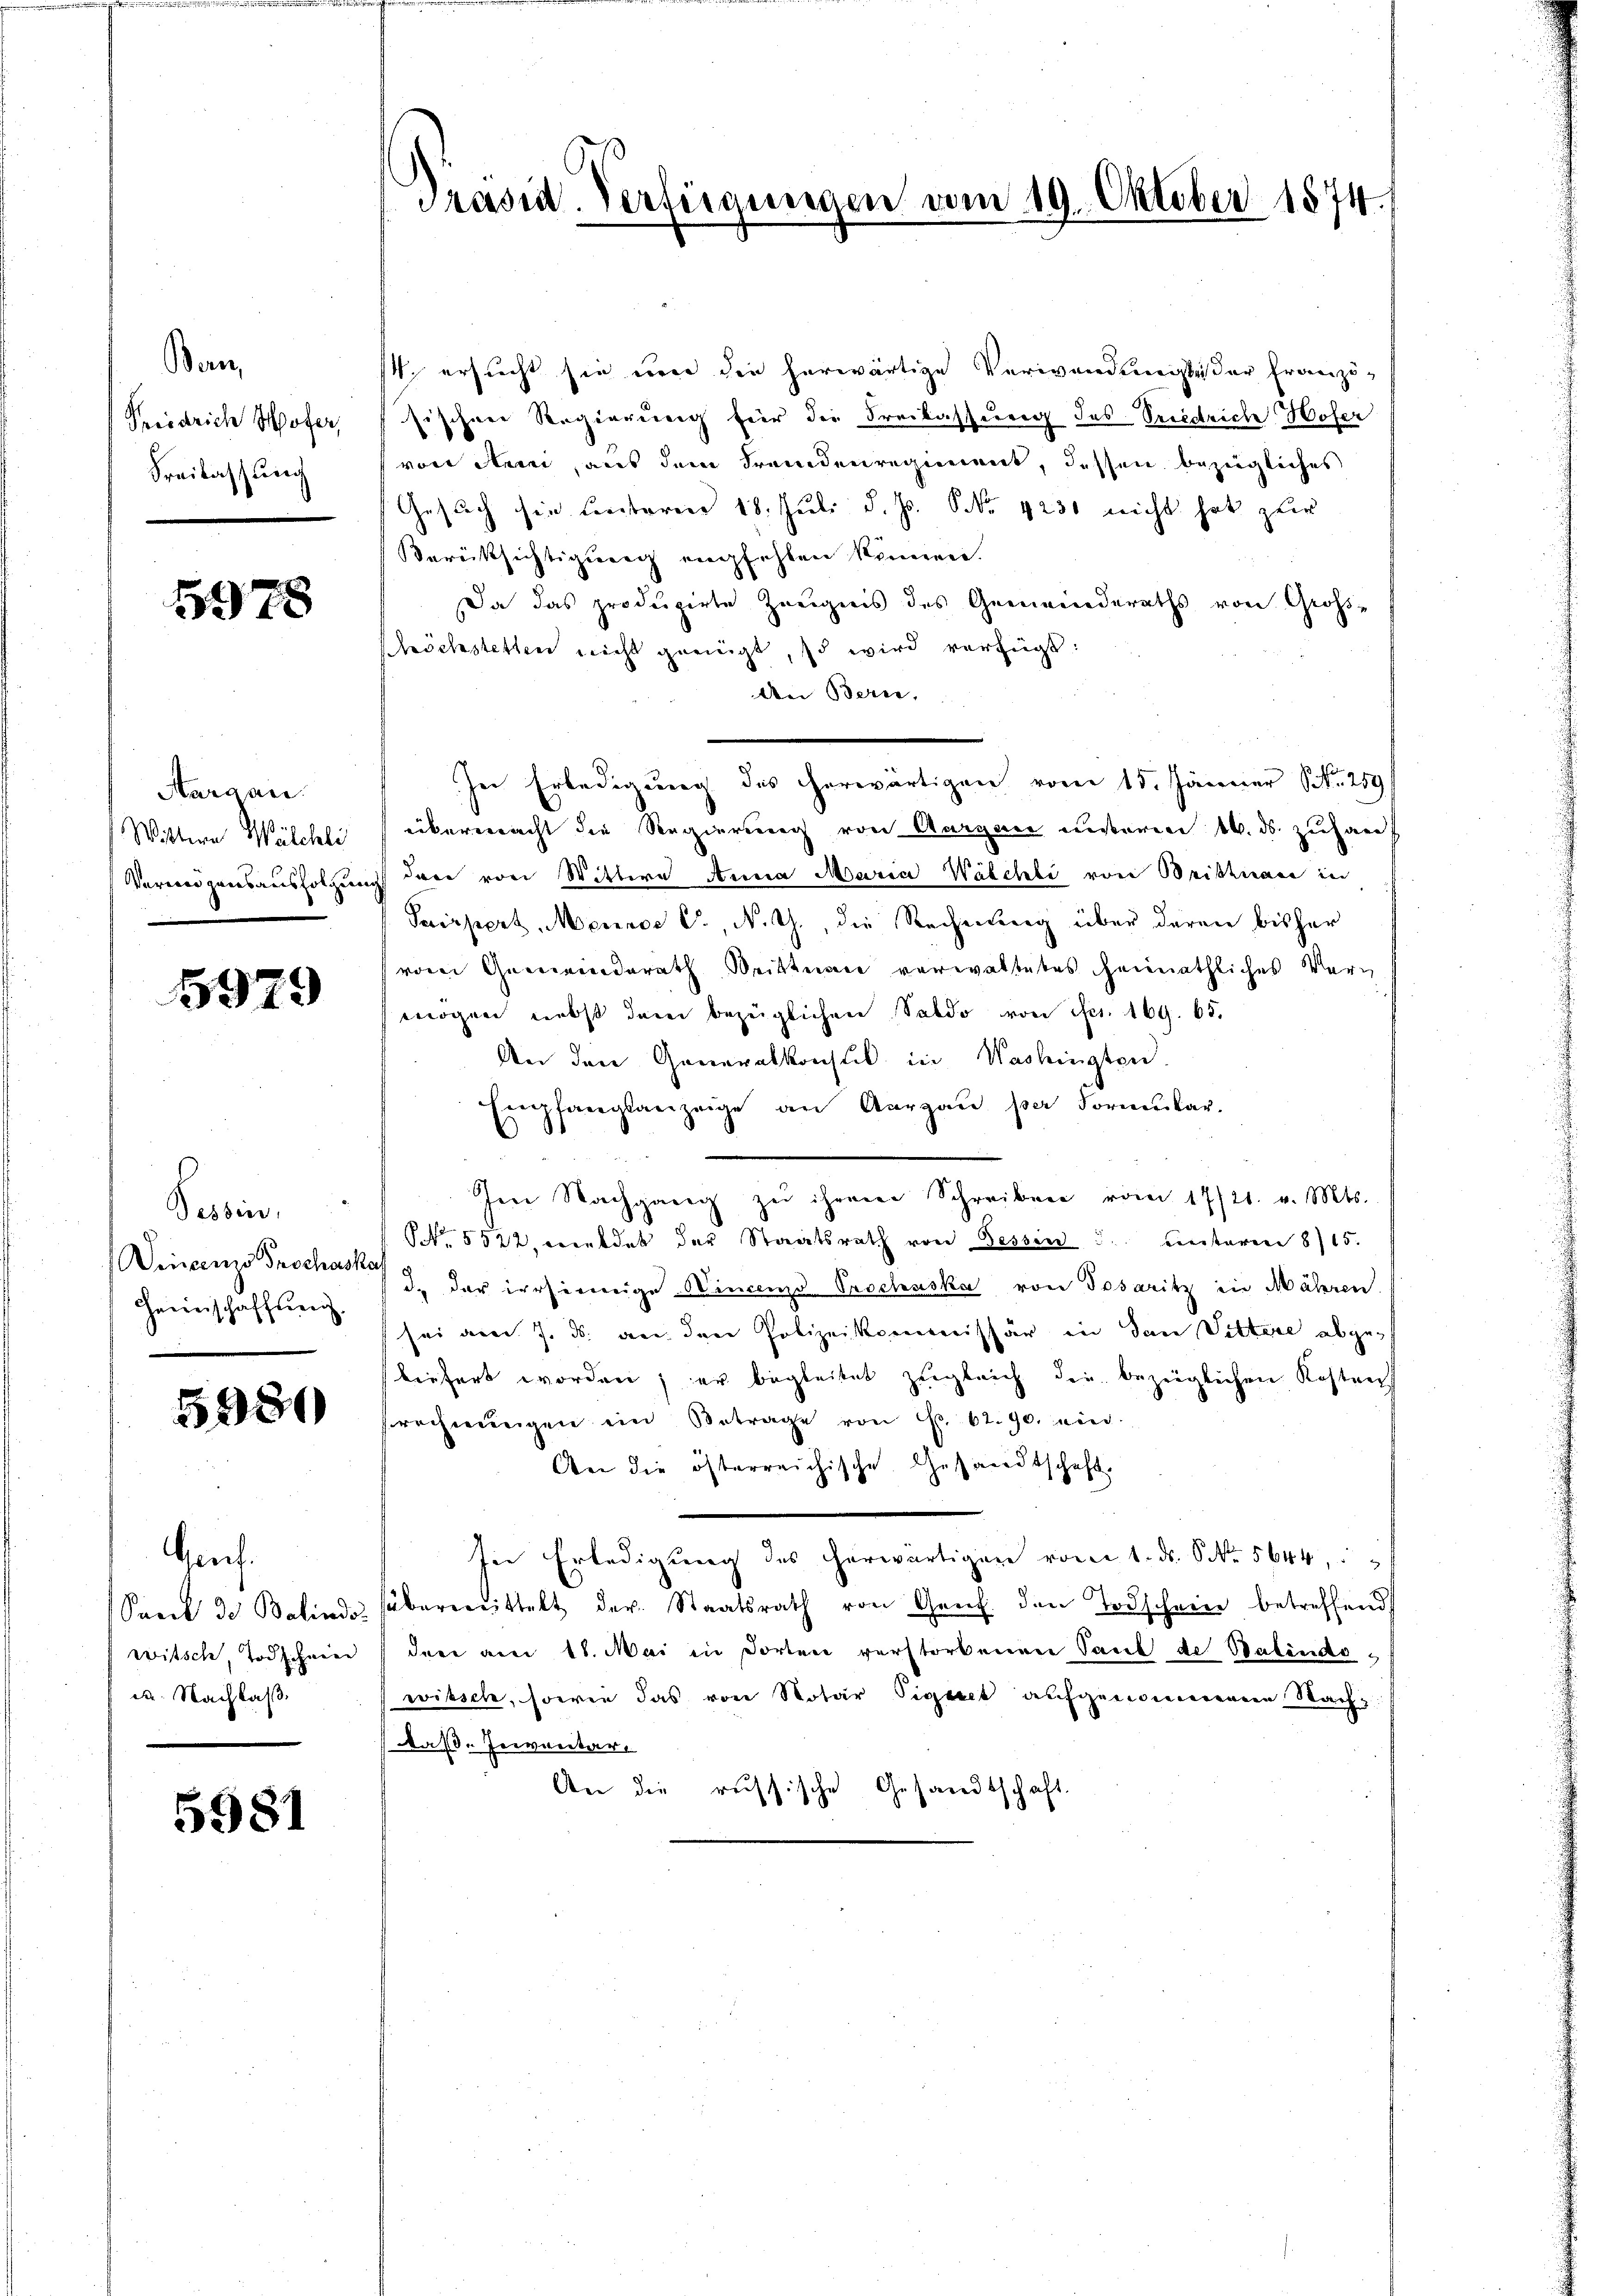
Ban
Priedrich Hofer,
Freilassung

5978

Aargau.
Witten Wälchli
Vermögensausfolgung

5979

Tessin,
Heimschaffung.

5980

Genf.
Sank des Balinds
witsch, Todschneen
dn. Nachlaß

5981

Präsid. Verfügungen vom 19. Oktober 1874.

s. ersucht sie um die herwärtige Verwendunge der Franzö-
sischen Regierung für die Freilassung des Priedriche Hofer
von Anni, aus dem Fremdenregiment, dessen bezügliches
Gesuch sie Centarier 18. Juli d. Js. No. 4230 nicht hat zur
Berücksichtigung empfehlen können.
Da das produzirte Zeugnis des Gemeinderaths von Großhöchstetten nicht geeinigt, so wird verfügt:
An Beren,
In Erledigung des erwärtigen vom 15. Jänner Nr. 259
übermacht die Regierung von Aargare unseren 16. ds. zuhar
dare von Wittwe Anna Maria Wäschli von Brittnau in
Pairpert Meines C., N. G., die Rechnung über deren bisher
(vom Gemeinderath Weittern verwaltetes heimathliches Verg
mögen nebst dem bezüglichen Saldo von fr. 169. 65.
An den Generalkonsul in Washingten.
Empfangsanzeige an Aargau per Formular.
Ien Nachgang zu ihrem Schreiben vom 17/21. v. Mts.
No. 5522, weldet der Staatsrath von Tessin u. unterm 8/15.
Vincenze Geschen der irrsinnige Wincenz Prschaska von Posaritz in Mähren.
sei am 7. ds. an den Polizeikommissär in San Sittere abgeliefert worden; er begleitet zugleich die bezeiglichen Kosten
frechnŭngen im Betrage von S. 62. 90. ein
An die österreichische Gesandtschaft.
In Erledigung des erwärtigen vom 1. ds. S. 5644,
sübereittelt der Staatsrath von Genf den Todscheine betreffend
dere am 11. Mai in dorten verstorbenen Paul de Balindowitsch, sowie das von Notar Signet aufgerienneren Nachz
daß-Inventar,
An die russische Gesandtschaft.